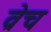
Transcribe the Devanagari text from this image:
व्रेच